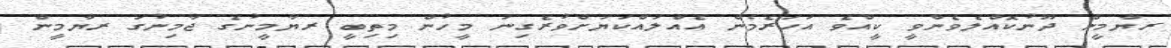
ރޔާމީން ދޫނުކޮއްލެވެންވީ ކީއްވެ އަހަރެމެން އެއްލައްކަޔަށްވުރެގިނަ މީހުން މިތިބީ ރޔާމީނުގެ ޖާމިނުގަ ރޔާމީން